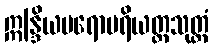
ဣန္ဒြိယပရောပရိယတ္တသုတ္တံ